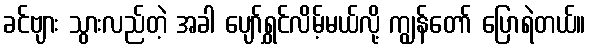
ခင်ဗျား သွားလည်တဲ့ အခါ ပျော်ရွှင်လိမ့်မယ်လို့ ကျွန်တော် ပြောရဲတယ်။